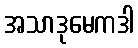
အသာဒုမေကဒါ